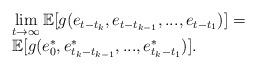
LaTeX: \begin{align*}\begin{array}{l}\lim\limits_{t\rightarrow \infty} \mathbb{E}[g(e_{t-t_k},e_{t-t_{k-1}},...,e_{t-t_1})]=\\\mathbb{E}[g(e^*_0,e^*_{t_k-t_{k-1}},...,e^*_{t_k-t_1})].\end{array}\end{align*}